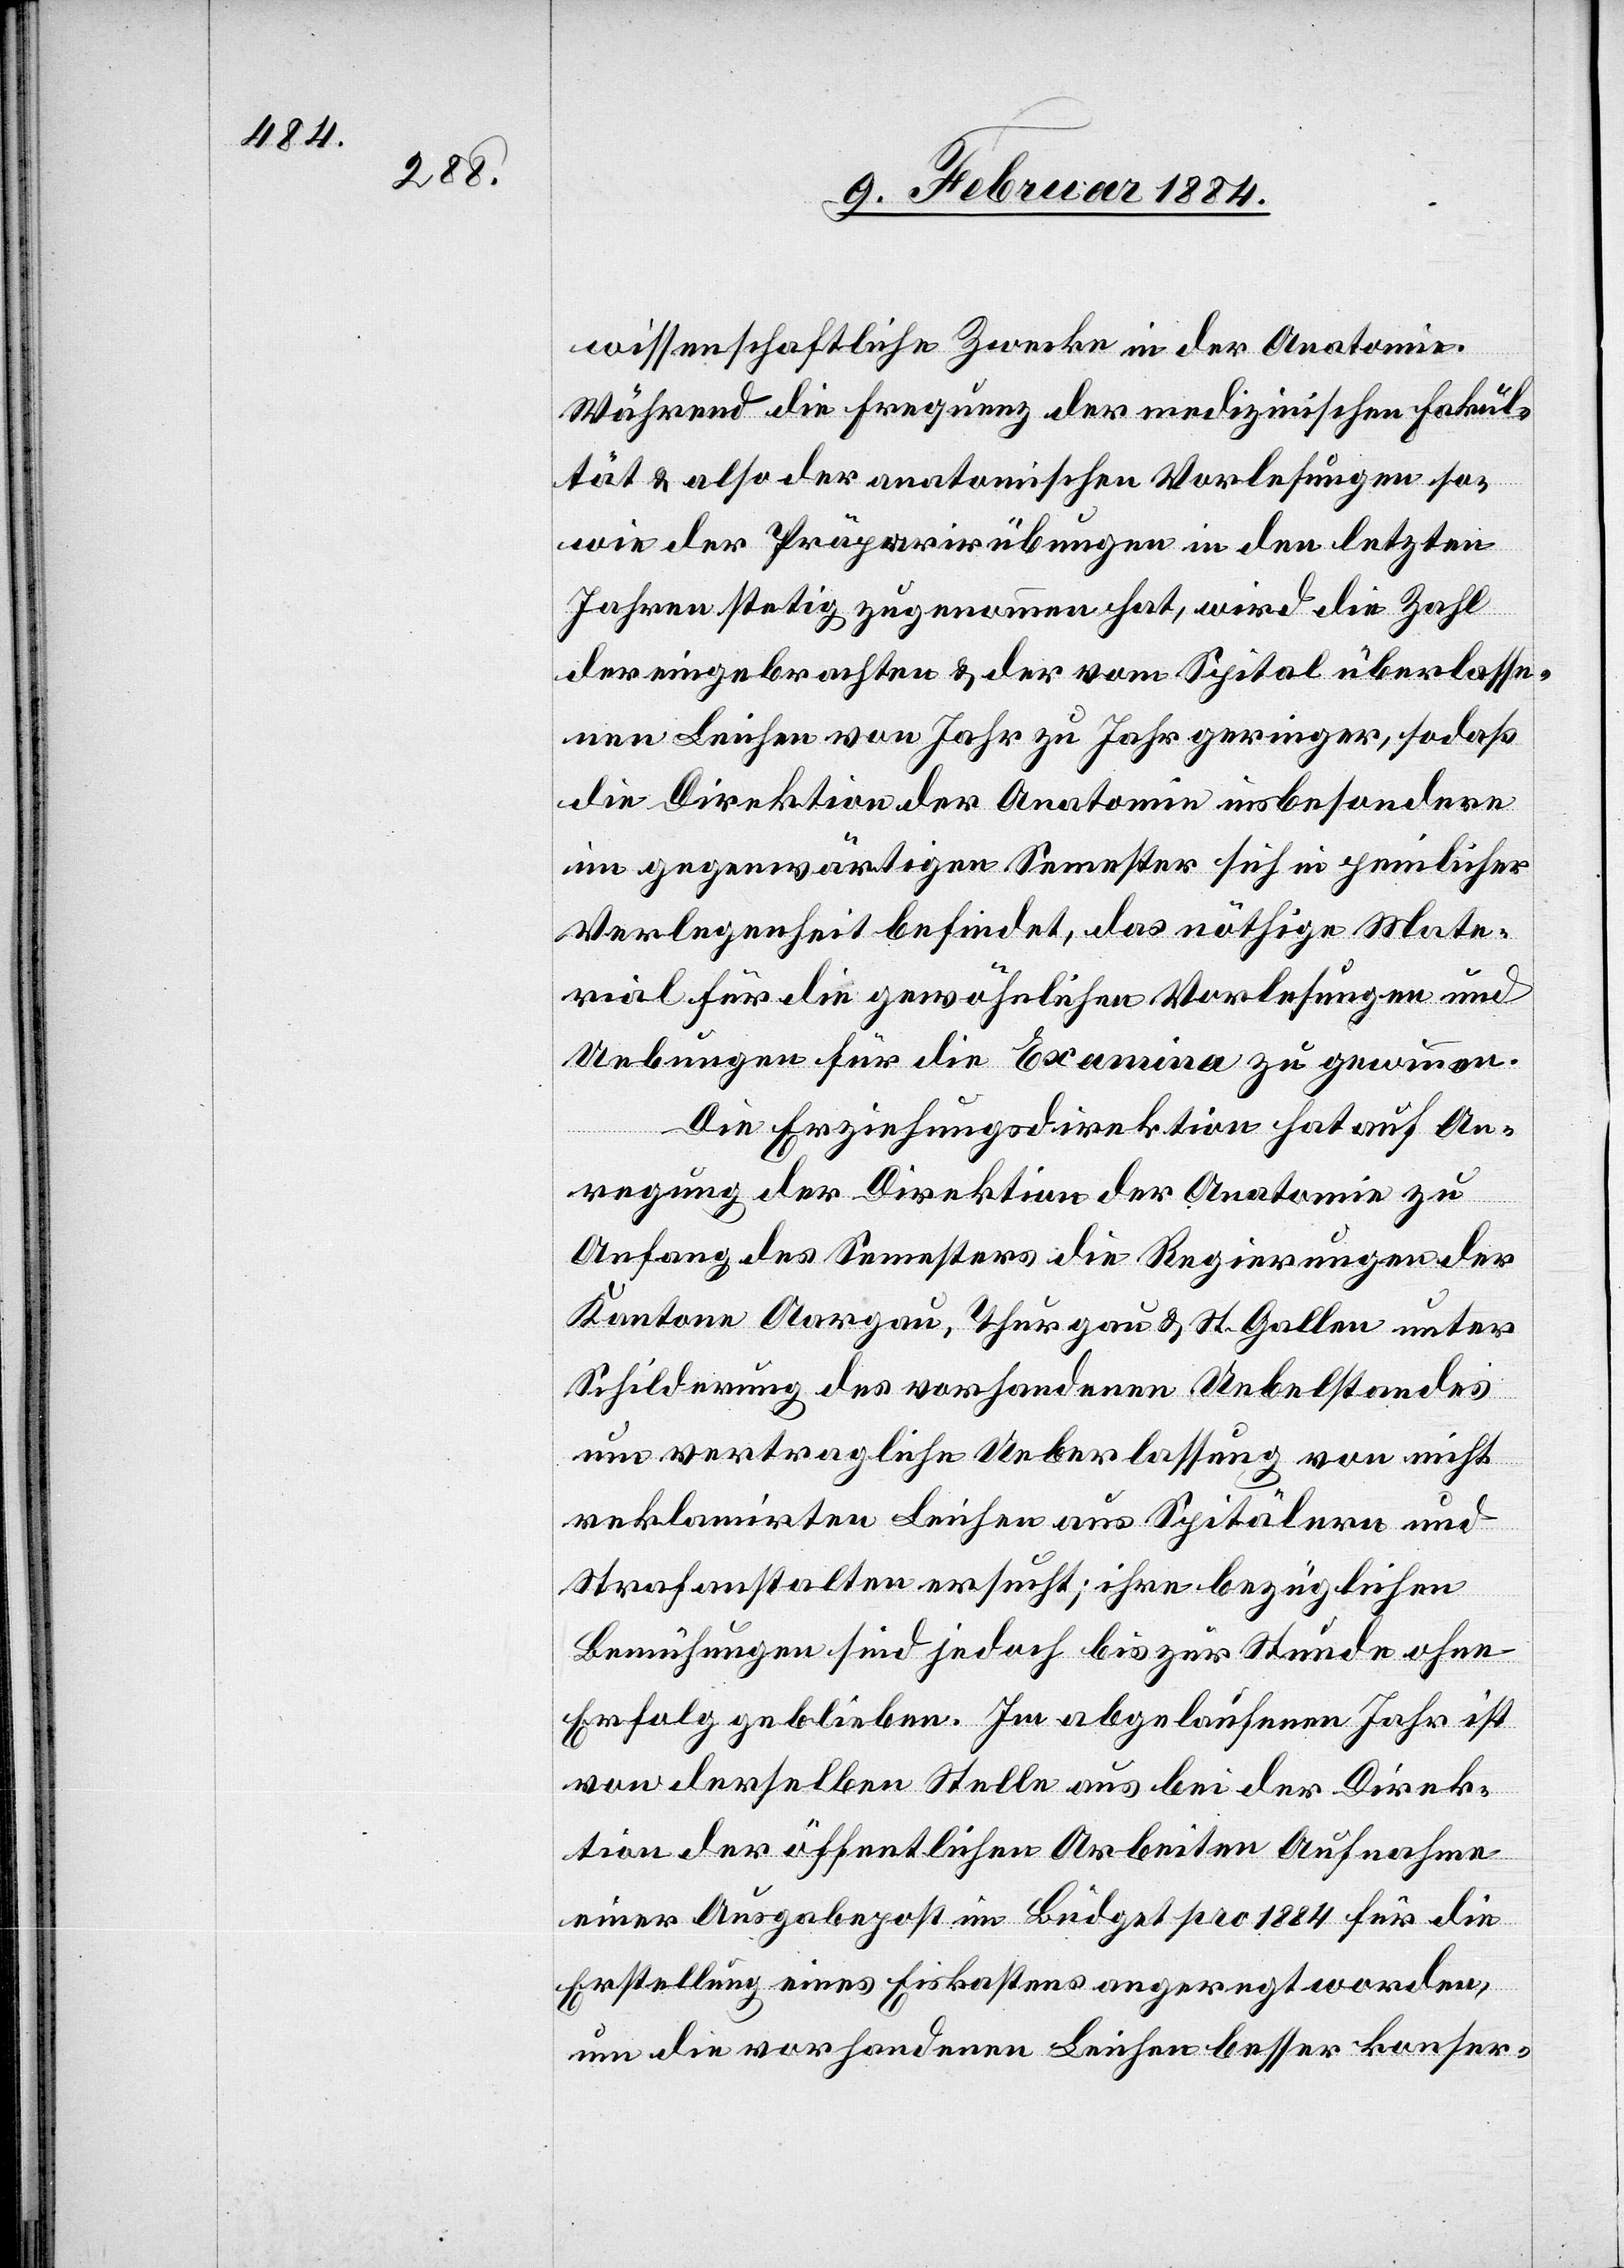
wissenschaftliche Zwecke in der Anatomie.
Während die Frequenz der medizinischen Fakul¬
tät & also der anatomischen Vorlesungen so¬
wie der Präparirübungen in den letzten
Jahren stetig zugenommen hat, wird die Zahl
der eingebrachten & der vom Spital überlasse¬
nen Leichen von Jahr zu Jahr geringer, sodaß
die Direktion der Anatomie insbesondere
im gegenwärtigen Semester sich in peinlicher
Verlegenheit befindet, das nöthige Mate¬
rial für die gewöhnlichen Vorlesungen und
Uebungen für die Examina zu gewinnen.
Die Erziehungsdirektion hat auf An¬
regung der Direktion der Anatomie zu
Anfang des Semesters die Regierungen der
Kantone Aargau, Thurgau & St. Gallen unter
Schilderung des vorhandenen Uebelstandes
um vertragliche Ueberlassung von nicht
reklamirten Leichen aus Spitälern und
Strafanstalten ersucht; ihre bezüglichen
Bemühungen sind jedoch bis zur Stunde ohne
Erfolg geblieben. Im abgelaufenen Jahr ist
von derselben Stelle aus bei der Direk¬
tion der öffentlichen Arbeiten Aufnahme
einer Ausgabepost im Büdget pro 1884 für die
Erstellung eines Eiskastens angeregt worden,
um die vorhandenen Leichen besser konser-